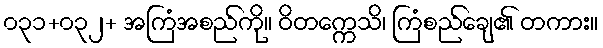
၀၃၁+၀၃၂+ အကြံအစည်ကို။ ဝိတက္ကေသိ၊ ကြံစည်ချေ၏ တကား။